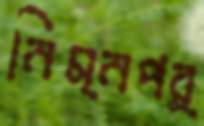
নিম্নপর্